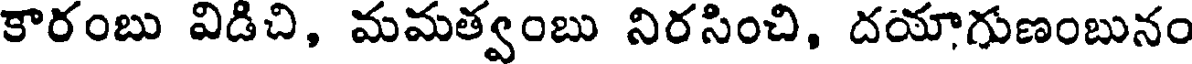
కారంబు విడిచి, మమత్వంబు నిరసించి, దయాగుణంబునం